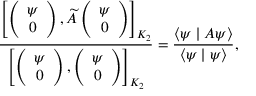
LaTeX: \frac { \left[ \left( \begin{array} { c } { { \psi } } \\ { { 0 } } \end{array} \right) , \widetilde { A } \left( \begin{array} { c } { { \psi } } \\ { { 0 } } \end{array} \right) \right] _ { { \cal K } _ { 2 } } } { \left[ \left( \begin{array} { c } { { \psi } } \\ { { 0 } } \end{array} \right) , \left( \begin{array} { c } { { \psi } } \\ { { 0 } } \end{array} \right) \right] _ { { \cal K } _ { 2 } } } = \frac { \langle \psi \mid A \psi \rangle } { \langle \psi \mid \psi \rangle } ,